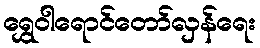
ရွှေဝါရောင်တော်လှန်ရေး